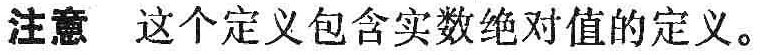
注意 这个定义包含实数绝对值的定义。